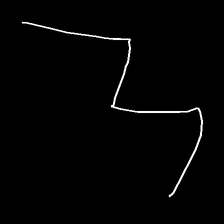
Glyph: crush